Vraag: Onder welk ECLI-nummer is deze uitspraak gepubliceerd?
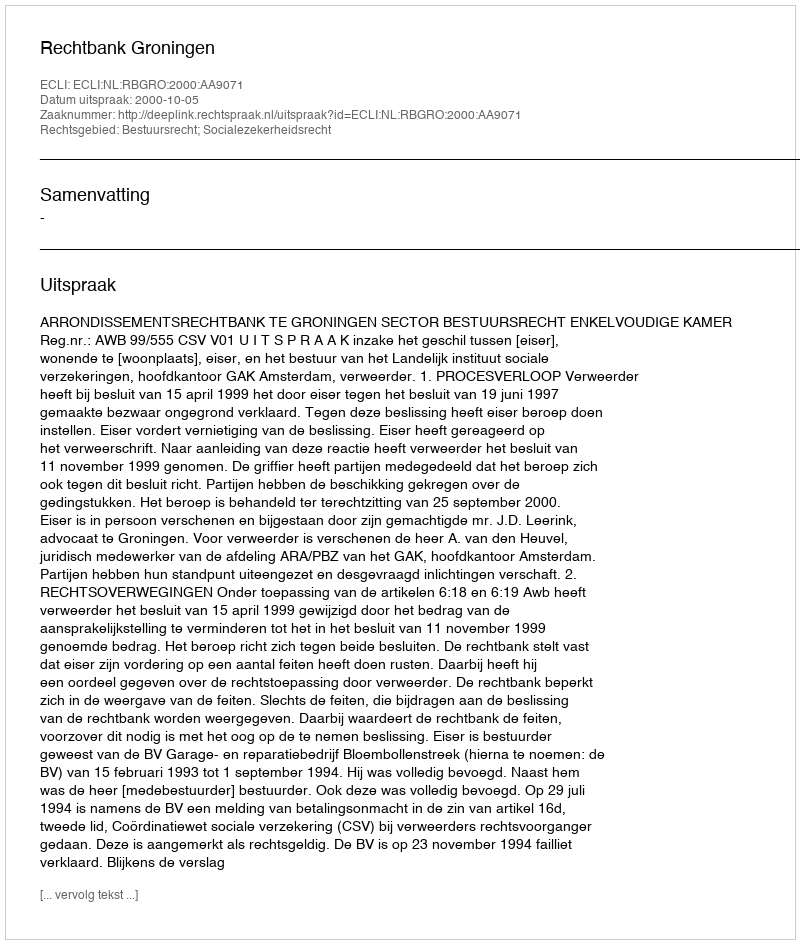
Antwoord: ECLI:NL:RBGRO:2000:AA9071